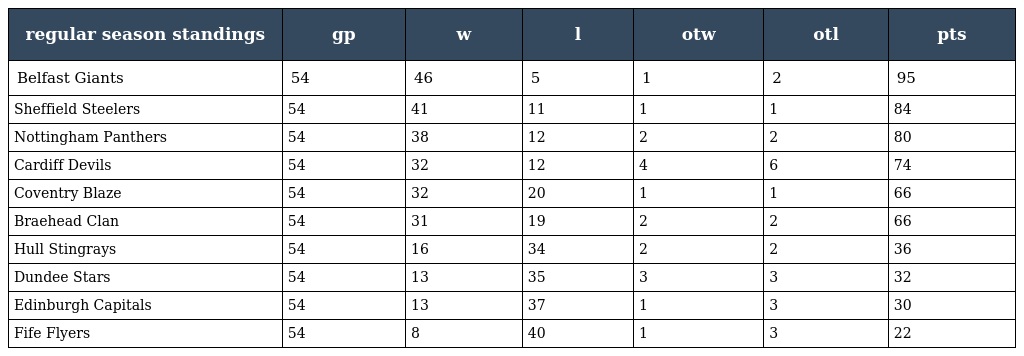
| regular season standings | gp | w | l | otw | otl | pts |
 | --- | --- | --- | --- | --- | --- | --- |
 | Belfast Giants | 54 | 46 | 5 | 1 | 2 | 95 |
 | Sheffield Steelers | 54 | 41 | 11 | 1 | 1 | 84 |
 | Nottingham Panthers | 54 | 38 | 12 | 2 | 2 | 80 |
 | Cardiff Devils | 54 | 32 | 12 | 4 | 6 | 74 |
 | Coventry Blaze | 54 | 32 | 20 | 1 | 1 | 66 |
 | Braehead Clan | 54 | 31 | 19 | 2 | 2 | 66 |
 | Hull Stingrays | 54 | 16 | 34 | 2 | 2 | 36 |
 | Dundee Stars | 54 | 13 | 35 | 3 | 3 | 32 |
 | Edinburgh Capitals | 54 | 13 | 37 | 1 | 3 | 30 |
 | Fife Flyers | 54 | 8 | 40 | 1 | 3 | 22 |